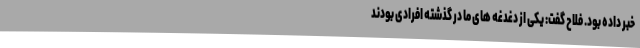
خبر داده بود. فلاح گفت: یکی از دغدغه های ما در گذشته افرادی بودند